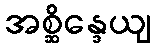
အစ္ဆိန္ဒေယျ